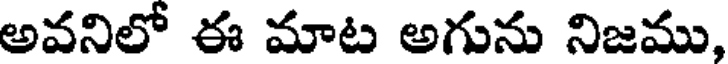
అవనిలో ఈ మాట అగును నిజము,